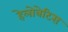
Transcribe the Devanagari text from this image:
हेलोबेटिस